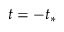
t = - t _ { * }